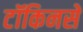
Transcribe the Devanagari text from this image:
टॉकिनसे